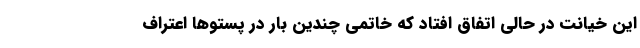
این خیانت در حالی اتفاق افتاد که خاتمی چندین بار در پستوها اعتراف